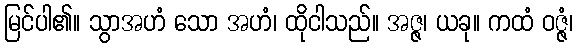
မြင်ပါ၏။ သွာအဟံ သော အဟံ၊ ထိုငါသည်။ အဇ္ဇ၊ ယခု။ ကထံ ဝဇ္ဇံ၊